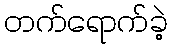
တက်ရောက်ခဲ့